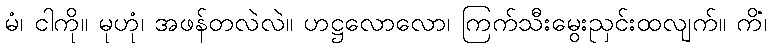
မံ၊ ငါကို။ မုဟုံ၊ အဖန်တလဲလဲ။ ဟဋ္ဌလောလော၊ ကြက်သီးမွေးညှင်းထလျက်။ ကိံ၊